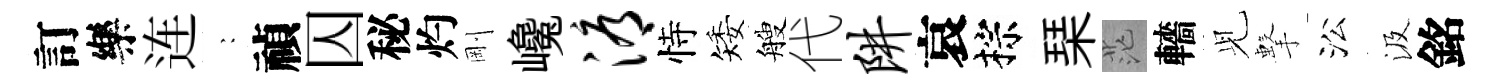
訂樂连巍禎囚秘灼剛巉溽恃矮艘代阱哀棕琹茫轖𫤗擊㳂汲銘